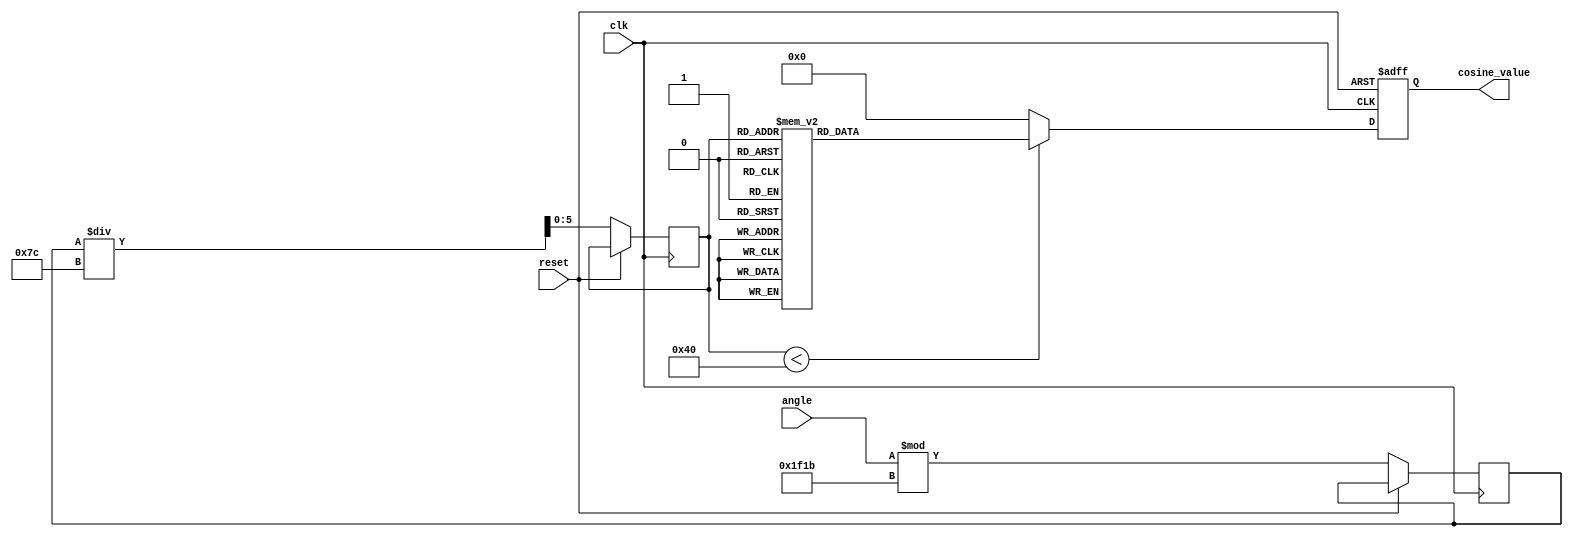
module cosine_block (
    input  wire [15:0] angle,        // Input angle in radians (fixed-point representation)
    output reg  [15:0] cosine_value,  // Output cosine value (fixed-point representation)
    input  wire clk,
    input  wire reset
);
    // Constants
    parameter LUT_SIZE = 64;            // Size of LUT
    parameter PI = 16'hC90F;             // Approx value of  (in fixed-point)
    parameter TWO_PI = 16'h1F1B;        // 2 (in fixed-point)

    // Lookup Table for cosine values (example values)
    reg [15:0] cos_lut [0:LUT_SIZE-1]; // LUT for cosine values
    initial begin
        // Populate LUT with precomputed cosine values for each angle step (0 to 2)
        // This should be filled with actual cosine values for each angle step
        // For example: cos(0), cos(0.1), cos(0.2), ..., cos(2)
        // This is a simple static initialization. In practice, you can use a script to generate these values.
        cos_lut[0] = 16'h1000;  // cos(0)
        cos_lut[1] = 16'h0FDC;  // cos(0.1)
        // ... (more values)
        cos_lut[63] = 16'h0000;  // cos(2)
    end

    // Internal signals
    reg [15:0] angle_normalized; // Normalized angle
    reg [5:0] lut_index;         // LUT index
    reg [15:0] angle_fraction;    // Angle fraction for interpolation

    // Normalize input angle
    always @(posedge clk or posedge reset) begin
        if (reset) begin
            cosine_value <= 16'h0; // Reset output
        end else begin
            // Normalize angle to [0, 2]
            angle_normalized <= angle % TWO_PI;

            // Compute LUT index and fraction
            lut_index <= angle_normalized / (TWO_PI / LUT_SIZE);
            angle_fraction <= (angle_normalized % (TWO_PI / LUT_SIZE));

            // Lookup cosine value
            if (lut_index < LUT_SIZE) begin
                cosine_value <= cos_lut[lut_index];
            end else begin
                cosine_value <= 16'h0; // Default case
            end
        end
    end

endmodule